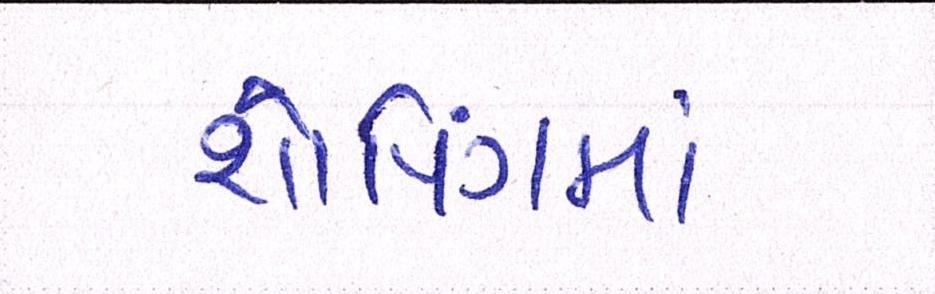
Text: શોપિંગમાં